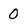
Character: 0